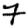
Digit: 7